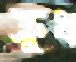
ক্রুধ